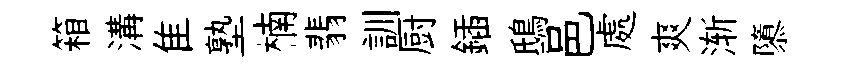
箱溝隹塾楠翡訓厨鍤鴟邑處爽渐隳